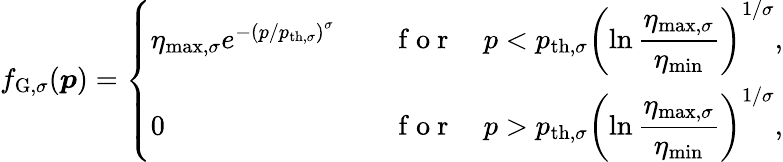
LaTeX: f_{\mathrm{G,}\sigma}(\boldsymbol{p})=\left\{ \begin{array}{ll}{\eta_{\mathrm{max},\sigma}e^{-\left(p/p_{\mathrm{th,}\sigma}\right)^{\sigma}}\quad}&{\mathrm{~f~o~r~}\quad p<p_{\mathrm{th,}\sigma}\left(\ln\displaystyle\frac{\eta_{\mathrm{max,}\sigma}}{\eta_{\mathrm{min}}}\right)^{1/\sigma},}\\ {0\quad}&{\mathrm{~f~o~r~}\quad p>p_{\mathrm{th,}\sigma}\left(\ln\displaystyle\frac{\eta_{\mathrm{max,}\sigma}}{\eta_{\mathrm{min}}}\right)^{1/\sigma},}\end{array}\right.